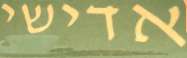
אדישי